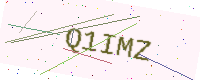
Text: Q1IMZ